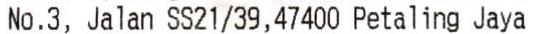
NO.3, JALAN SS21/39, 47400 PETALING JAYA